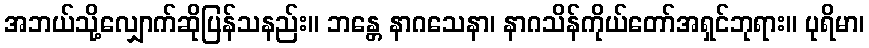
အဘယ်သို့လျှောက်ဆိုပြန်သနည်း။ ဘန္တေ နာဂသေနာ၊ နာဂသိန်ကိုယ်တော်အရှင်ဘုရား။ ပုရိမာ၊